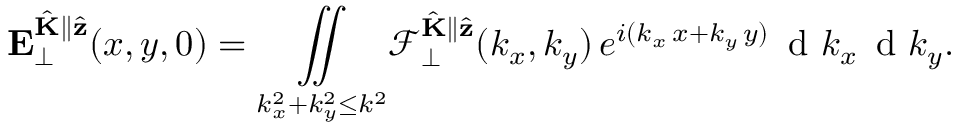
\mathbf { E } _ { \perp } ^ { \hat { \mathbf { K } } \parallel \hat { \mathbf { z } } } ( x , y , 0 ) = \underset { k _ { x } ^ { 2 } + k _ { y } ^ { 2 } \leq k ^ { 2 } } { \iint } \mathcal { F } _ { \perp } ^ { \hat { \mathbf { K } } \parallel \hat { \mathbf { z } } } ( k _ { x } , k _ { y } ) \, e ^ { i ( k _ { x } \, x + k _ { y } \, y ) } \, \mathrm { ~ d ~ } k _ { x } \, \mathrm { ~ d ~ } k _ { y } .